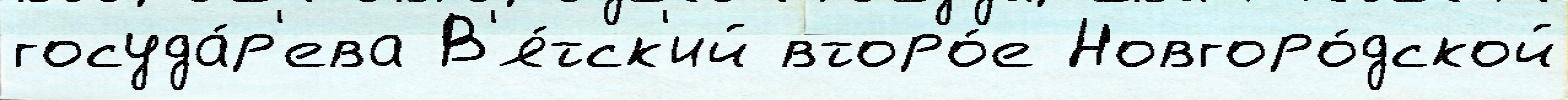
госуда́р'ева В'я́тск'ий второ́е Новгоро́дской